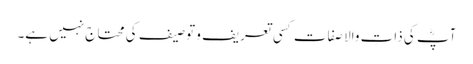
آپؓ کی ذاتِ والا صفات کسی تعریف و توصیف کی محتاج نہیں ہے۔